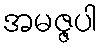
အမဇ္ဇပါ